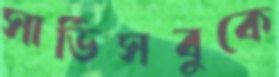
সার্ভিসবুকে